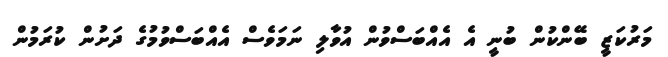
މަރުކަޒީ ބޭންކުން ބުނީ އެ އެއްބަސްވުން އުވާލި ނަމަވެސް އެއްބަސްވުމުގެ ދަށުން ކުރަމުން